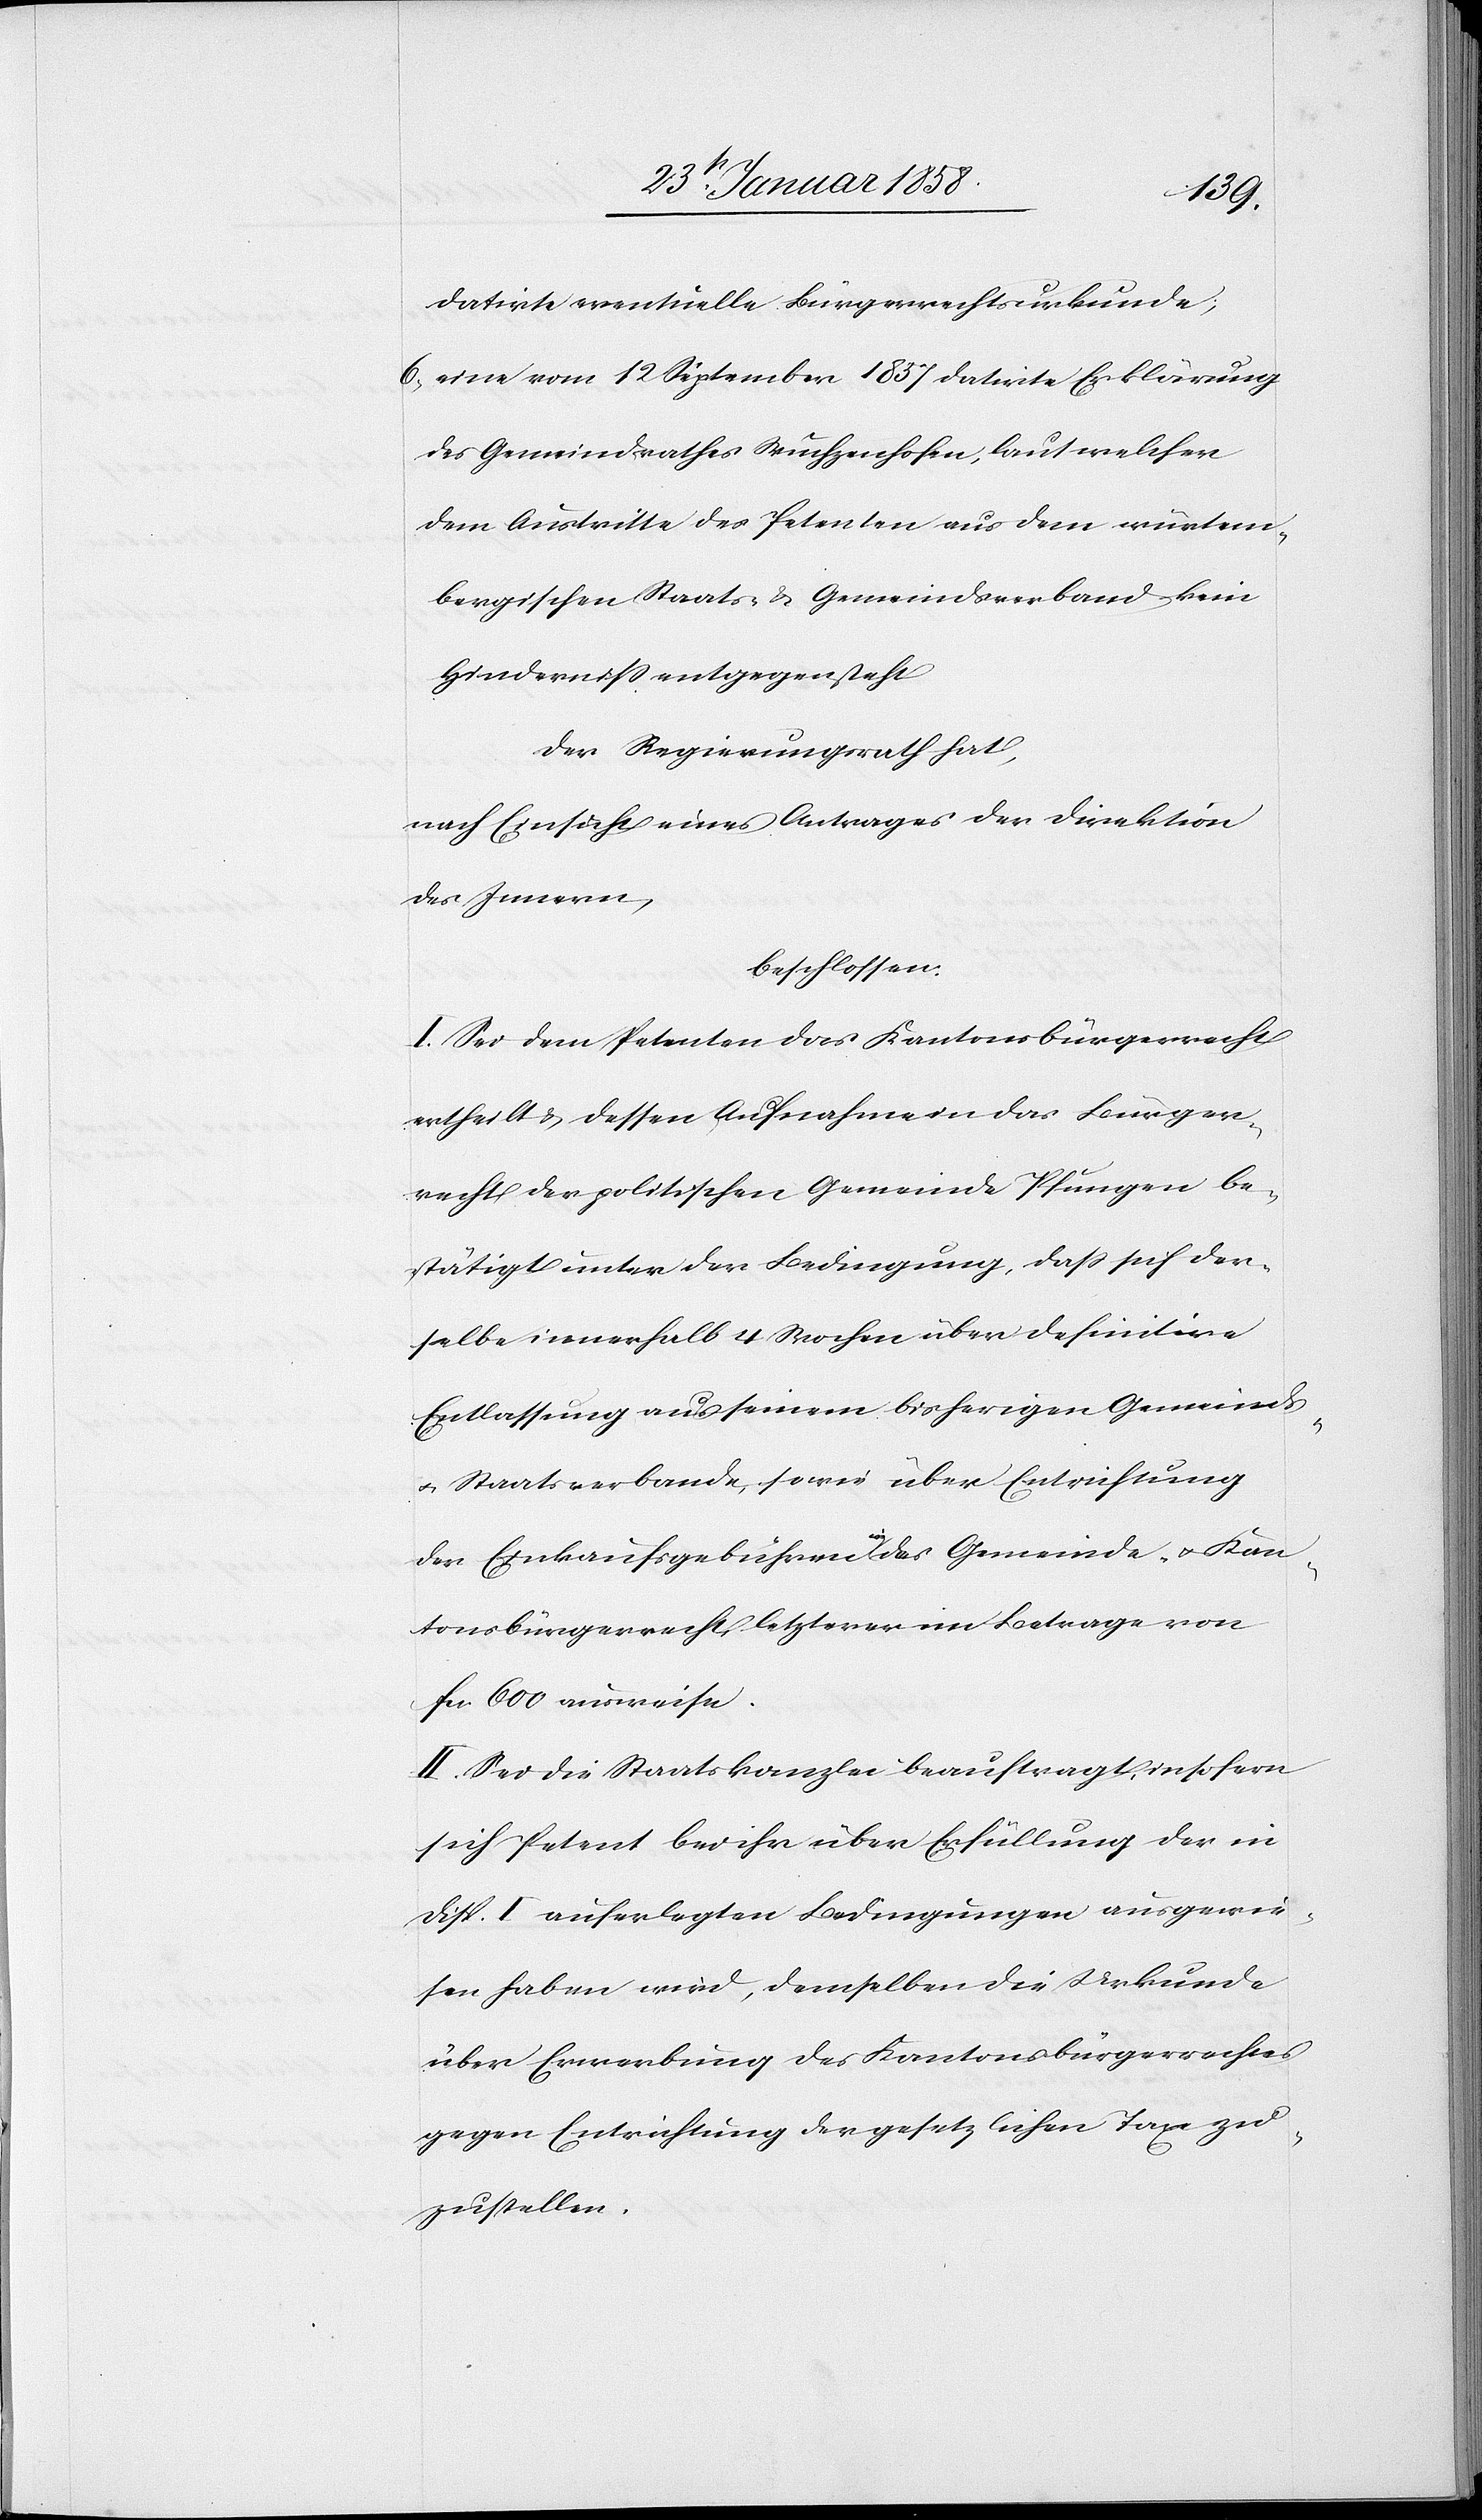
datirte eventuelle Bürgerrechtsurkunde;
6. eine vom 12 September 1837 datirte Erklärung
des Gemeindrathes Wuchzenhofen, laut welcher
dem Austritte des Petenten aus dem würtem¬
bergischen Staats- u. Gemeindsverband kein
Hinderniß entgegensteht.
Der Regierungsrath hat,
nach Einsicht eines Antrages der Direktion
des Innern,
beschlossen:
I. Sei dem Petenten das Kantonsbürgerrecht
ertheilt u. dessen Aufnahme in das Bürger¬
recht der politischen Gemeinde Pfungen be¬
stätigt unter der Bedingung, daß sich der¬
selbe innerhalb 4 Wochen über definitive
Entlassung aus seinem bisherigen Gemeinds-
u. Staatsverbande, sowie über Entrichtung
der Einkaufsgebühren in das Gemeinde- u. Kan¬
tonsbürgerrecht, letzterer im Betrage von
fcs. 600 ausweise.
II. Sei die Staatskanzlei beauftragt, insofern
sich Petent bei ihr über Erfüllung der in
Disp. I auferlegten Bedingungen ausgewie¬
sen haben wird, demselben die Urkunde
über Erwerbung des Kantonsbürgerrechts
gegen Entrichtung der gesetzlichen Taxe zu¬
zustellen.